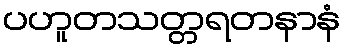
ပဟူတသတ္တရတနာနံ